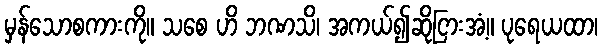
မှန်သောစကားကို။ သစေ ဟိ ဘဏသိ၊ အကယ်၍ဆိုငြားအံ့။ ပုရေယထာ၊